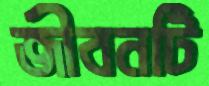
জীবনটি